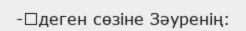
-	деген сөзіне Зәуренің: